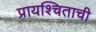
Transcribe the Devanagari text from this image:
प्रायश्चिताची